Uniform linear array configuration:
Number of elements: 24
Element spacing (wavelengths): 0.25
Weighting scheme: hann
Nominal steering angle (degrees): -15
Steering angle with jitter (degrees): -16.636
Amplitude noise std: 0.05
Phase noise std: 0.05

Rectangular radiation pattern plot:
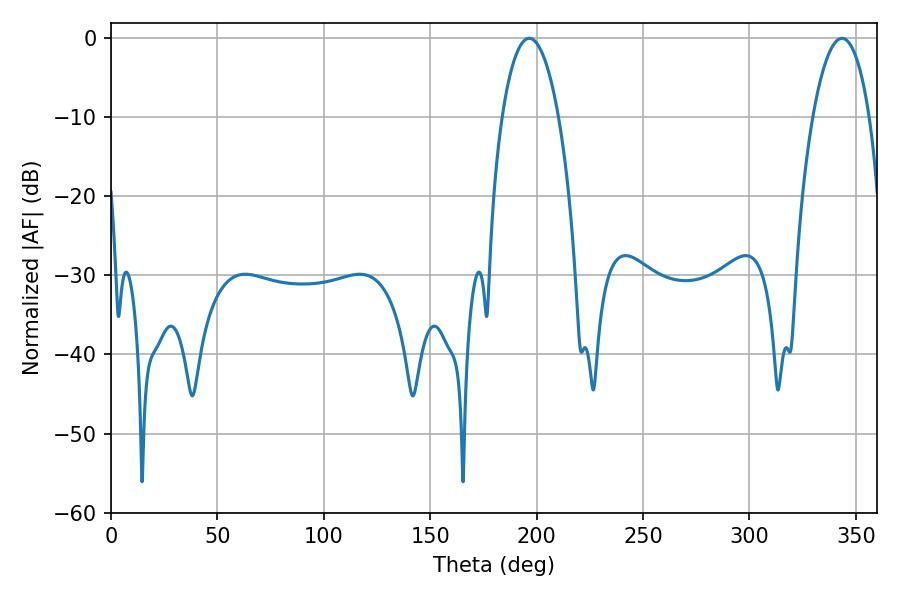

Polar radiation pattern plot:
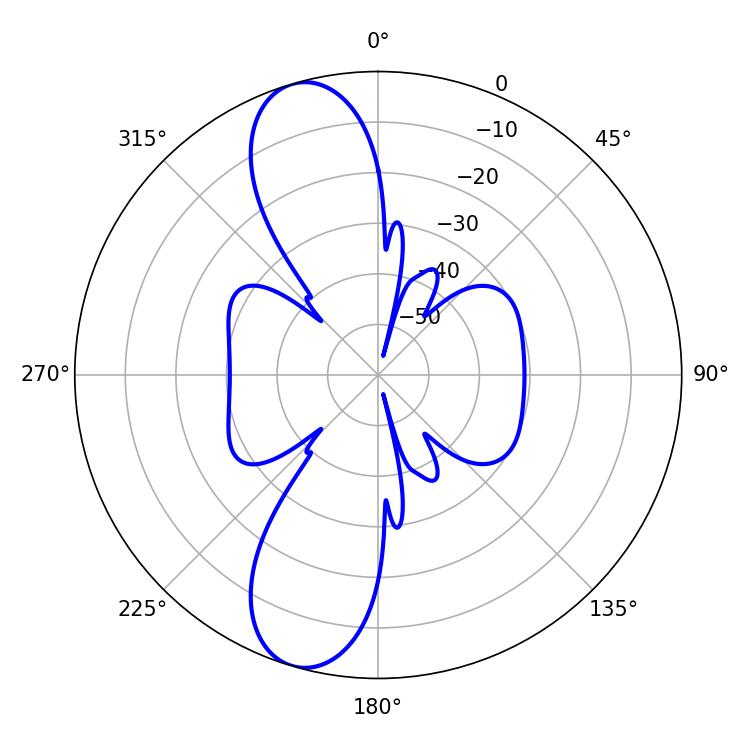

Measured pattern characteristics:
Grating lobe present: FALSE
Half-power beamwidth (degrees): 14.94
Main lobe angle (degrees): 196.56